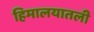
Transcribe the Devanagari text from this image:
हिमालयातली